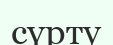
сүрту